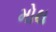
મોથ